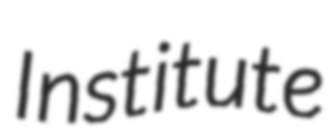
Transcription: Institute